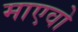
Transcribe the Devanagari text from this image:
माएवो